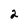
Character: 2